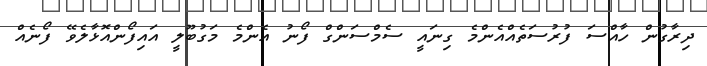
ދިރާގުން ހާއްސަ ފުރުސަތެއްއެންމެ ގިނައީ ސެމްސަންގް ފޯނު އެންމެ މަގުބޫލީ އައިފޯންއޮޅާލެވޭ ފޯނެއް